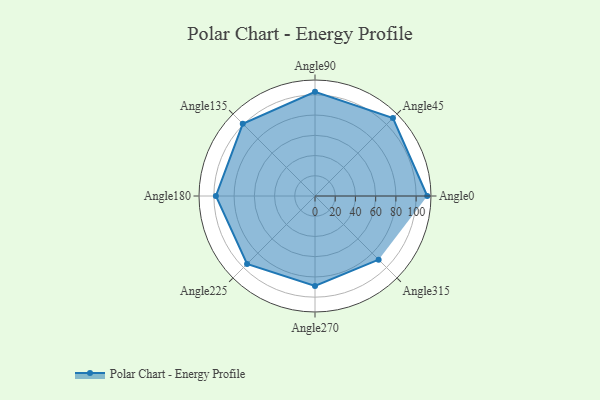
{"axis": {"x": "Angle", "y": "Radius"}, "legend": [""], "data": [{"x": "Angle0", "y": 111.0, "type": ""}, {"x": "Angle45", "y": 109.0, "type": ""}, {"x": "Angle90", "y": 103.0, "type": ""}, {"x": "Angle135", "y": 101.0, "type": ""}, {"x": "Angle180", "y": 98.0, "type": ""}, {"x": "Angle225", "y": 95.0, "type": ""}, {"x": "Angle270", "y": 89.0, "type": ""}, {"x": "Angle315", "y": 89.0, "type": ""}]}